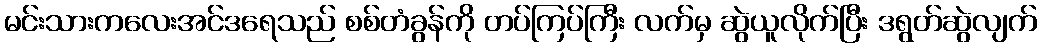
မင်းသားကလေးအင်ဒရေသည် စစ်တံခွန်ကို တပ်ကြပ်ကြီး လက်မှ ဆွဲယူလိုက်ပြီး ဒရွတ်ဆွဲလျက်